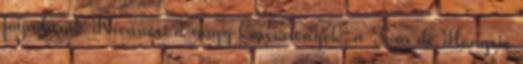
fogadások Kíváncsi a nagy körversenyek, a Tour de Hongrie